Leaving Certificate Examination (including Day School Certificate (Higher) General paper), 1934
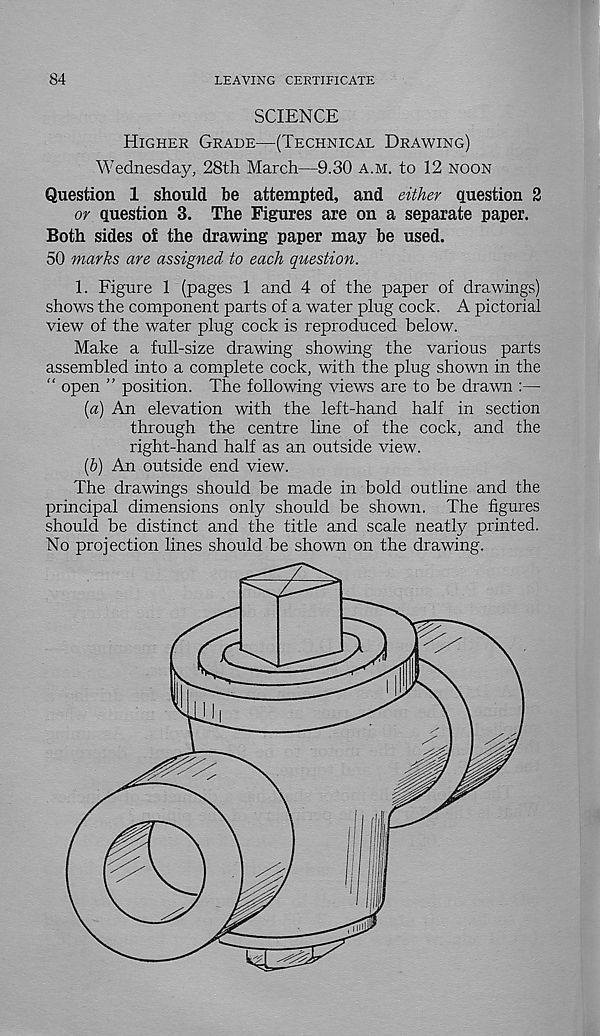
84
LEAVING CERTIFICATE
SCIENCE
Higher Grade—(Technical Drawing)
Wednesday, 28th March—9.30 a.m. to 12 noon
Question 1 should be attempted, and either question 2
or question 3. The Figures are on a separate paper.
Both sides of the drawing paper may be used.
50 marks are assigned to each question.
1. Figure 1 (pages 1 and 4 of the paper of drawings)
shows the component parts of a water plug cock. A pictorial
view of the water plug cock is reproduced below.
Make a full-size drawing showing the various parts
assembled into a complete cock, with the plug shown in the
“ open ” position. The following views are to be drawn :—
[а) An elevation with the left-hand half in section
through the centre line of the cock, and the
right-hand half as an outside view.
(б) An outside end view.
The drawings should be made in bold outline and the
principal dimensions only should be shown. The figures
should be distinct and the title and scale neatly printed.
No projection lines should be shown on the drawing.